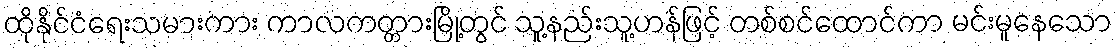
ထိုနိုင်ငံရေးသမားကား ကာလကတ္တားမြို့တွင် သူ့နည်းသူ့ဟန်ဖြင့် တစ်စင်ထောင်ကာ မင်းမူနေသော